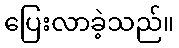
ပြေးလာခဲ့သည်။